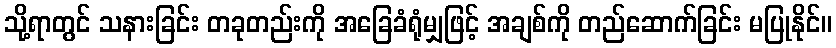
သို့ရာတွင် သနားခြင်း တခုတည်းကို အခြေခံရုံမျှဖြင့် အချစ်ကို တည်ဆောက်ခြင်း မပြုနိုင်။